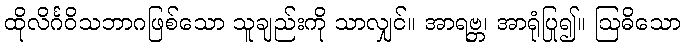
ထိုလိင်္ဂဝိသဘာဂဖြစ်သော သူချည်းကို သာလျှင်။ အာရဗ္ဘ၊ အာရုံပြု၍။ ဩဓိသော